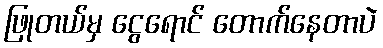
ဖြုတယ်မှ ငွေရောင် တောက်နေတာပဲ